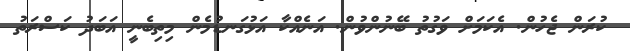
ކުރަން ޖެހުން. އެކަމަށް ވަގުތު ބޭނުންވުން. އަނެއްކާ އަޅުގަނޑުމެން މިތިބެނީ އަބަދު ކަސްރަތު